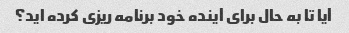
آیا تا به حال برای آینده خود برنامه ریزی کرده اید؟